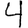
Digit: 4